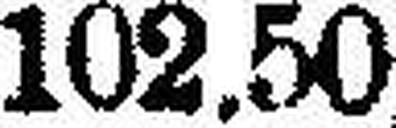
102.50